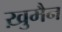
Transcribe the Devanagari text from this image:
ख़ुमैन